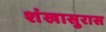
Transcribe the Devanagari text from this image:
शंखासुरास